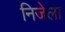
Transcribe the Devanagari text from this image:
निजेला